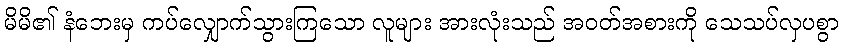
မိမိ၏ နံဘေးမှ ကပ်လျှောက်သွားကြသော လူများ အားလုံးသည် အဝတ်အစားကို သေသပ်လှပစွာ